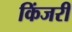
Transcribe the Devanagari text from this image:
किंजरी